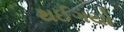
થઈગયો